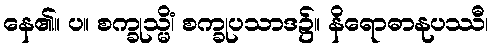
နေ၏။ ပ။ စက္ခုသ္မိံ၊ စက္ခုပသာဒ၌။ နိရောဓာနုပဿီ၊